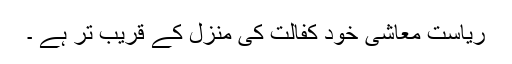
ریاست معاشی خود کفالت کی منزل کے قریب تر ہے ۔